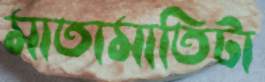
মাতামাতিটা